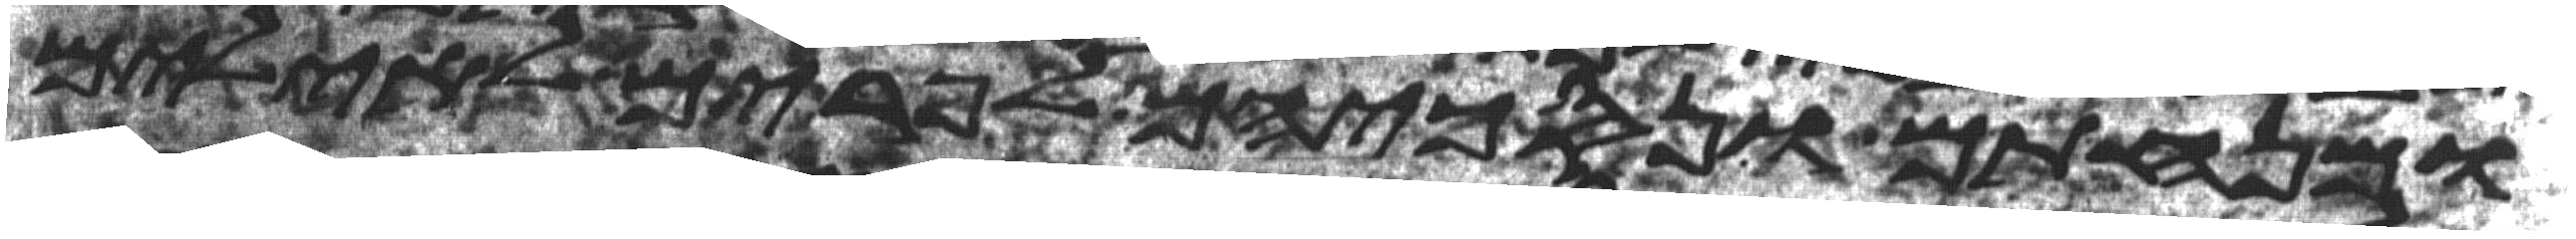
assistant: ומנחתם ונסכיהם לפרים לאילים